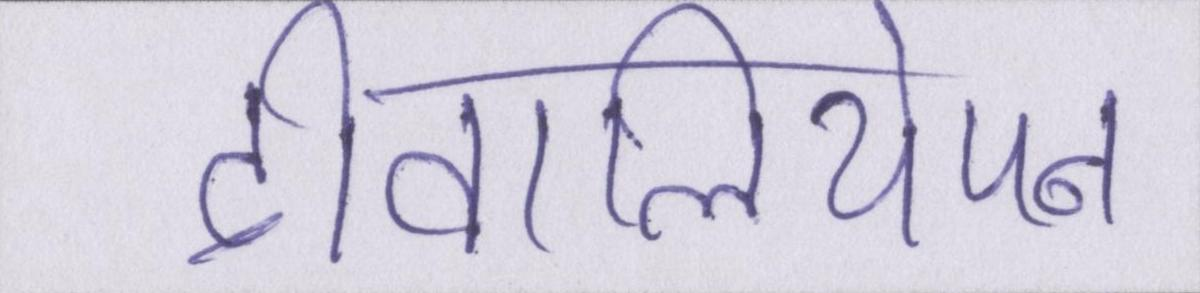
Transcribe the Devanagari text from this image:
दीवालियेपन